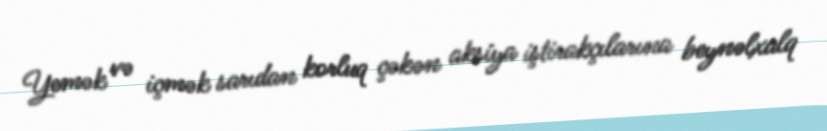
Yemək və içmək sarıdan korluq çəkən aksiya iştirakçılarına beynəlxalq